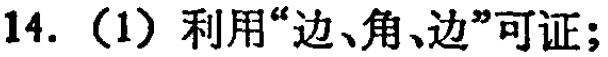
14.（1）利用“边、角、边”可证；